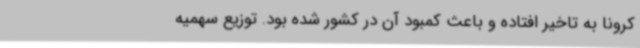
کرونا به تاخیر افتاده و باعث کمبود آن در کشور شده بود. توزیع سهمیه